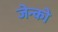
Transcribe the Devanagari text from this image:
जेन्को